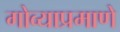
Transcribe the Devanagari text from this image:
गोव्याप्रमाणे